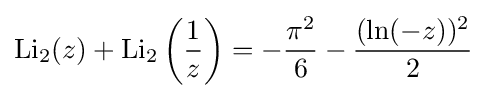
\operatorname {Li} _{2}(z)+\operatorname {Li} _{2}\left({\frac {1}{z}}\right)=-{\frac {\pi ^{2}}{6}}-{\frac {(\ln(-z))^{2}}{2}}